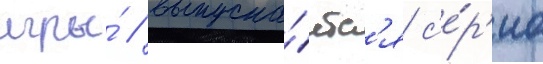
игры́ / выпуска́етс'я с'е́р'иа